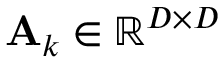
{ \bf A } _ { k } \in \mathbb { R } ^ { D \times D }